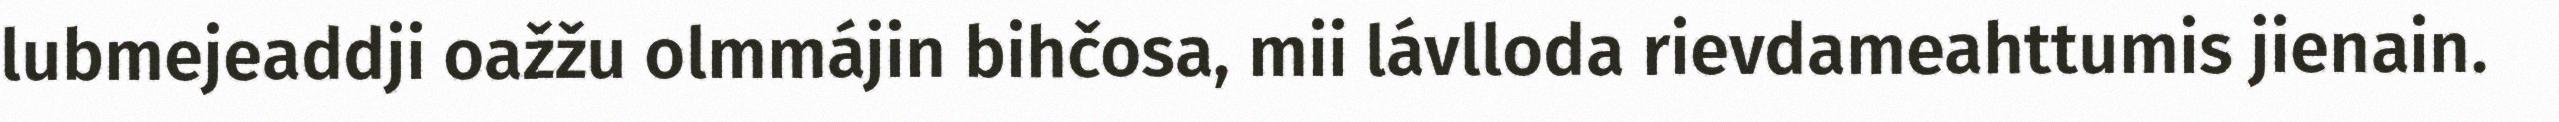
lubmejeaddji oažžu olmmájin bihčosa, mii lávlloda rievdameahttumis jienain.